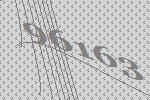
96163